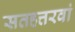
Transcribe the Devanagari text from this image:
सतहत्तरवां